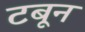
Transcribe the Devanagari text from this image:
टबून